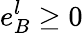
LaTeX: e_{B}^{l}\ge 0